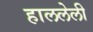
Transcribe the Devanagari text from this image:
हाललेली